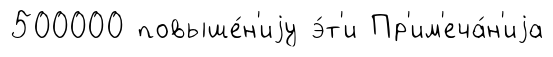
500000 повыше́н'иjу э́т'и Пр'им'еча́н'иjа